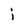
Character: j